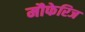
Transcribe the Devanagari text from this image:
मौफेरिज